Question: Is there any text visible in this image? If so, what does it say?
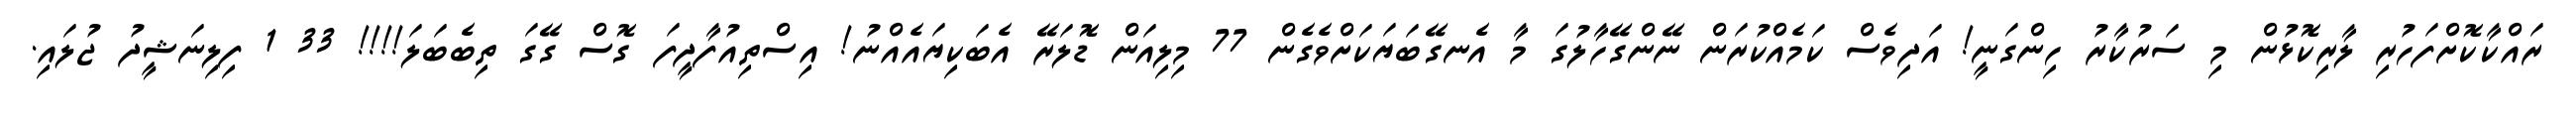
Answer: ރައްކާކޮށްފަހުރި ލާރިކޮޅުން މި ސަރުކާރު ހިންގަނީ! އަދިވެސް ކަމެއްކުރަން ނޭންގޭހާލުގަ މާ އެނގޭބަޔަކަށްވެގެން 77 މިލިއަން ޑޮލަރޭ އެބަކިޔައެއްނު! އިސްތިއުފާދީފަ ގޮސް ގޭގަ ތިބެބަލަ!!!! 33 1 ފިލިނަޝީދު ޖުލައި.